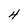
Character: 4